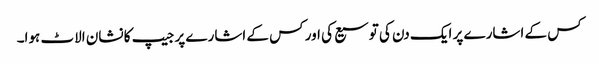
کس کے اشارے پر ایک دن کی توسیع کی اور کس کے اشارے پر جیپ کا نشان الاٹ ہوا۔